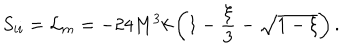
S _ { i i } = { \cal L } _ { m } = - 2 4 M ^ { 3 } k \left( 1 - \frac { \xi } { 3 } - \sqrt { 1 - \xi } \right) .